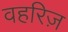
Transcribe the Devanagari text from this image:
वहरिज़